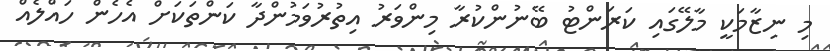
މި ނިޒާމަކީ މާލޭގައި ކަރަންޓު ބޭނުންކުރާ މިންވަރު އިތުރުވަމުންދާ ކަންތަކަށް އެހެން ހައްލެއް